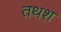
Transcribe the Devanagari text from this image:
तथश